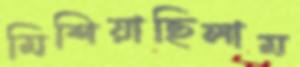
মিশিয়াছিলাম